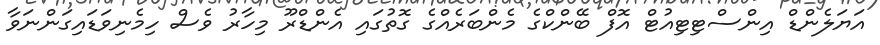
އަޔަލެންޑް އިންސްޓިޓިއުޓް އޮފް ބޭންކްގެ މެންބަރެއްގެ ގޮތުގައި އެންޑްރޫ މިހާރު ވެސް ހިމެނިވަޑައިގަންނަވާ